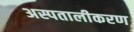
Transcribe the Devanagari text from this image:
अस्पतालीकरण